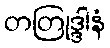
တတြုဒ္ဒါနံ